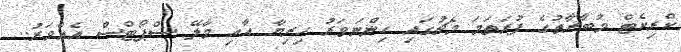
ކްރިކެޓް މުބާރާތުގެ ފުރަތަމަ މެޗުގައި ހިންނަވަރު ހިރިޔާ އާއި މާލޭ ސްޕޯޓްސް އެއްވަރު..